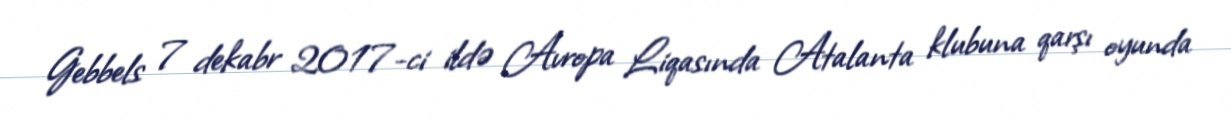
Gebbels 7 dekabr 2017-ci ildə Avropa Liqasında Atalanta klubuna qarşı oyunda